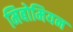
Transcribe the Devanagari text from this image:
मिबोमियन